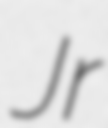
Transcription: Jr